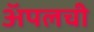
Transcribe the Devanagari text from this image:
अॅपलची